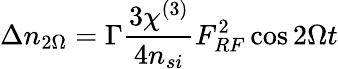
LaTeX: \Delta n_{2\Omega}=\Gamma\frac{3\chi^{(3)}}{4n_{si}}F_{RF}^{2}\cos 2\Omega t